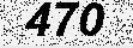
470